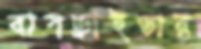
বাসড্রাইভার